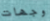
وجهات